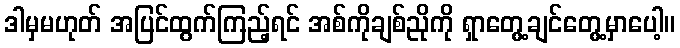
ဒါမှမဟုတ် အပြင်ထွက်ကြည့်ရင် အစ်ကိုချစ်ညိုကို ရှာတွေ့ချင်တွေ့မှာပေါ့။